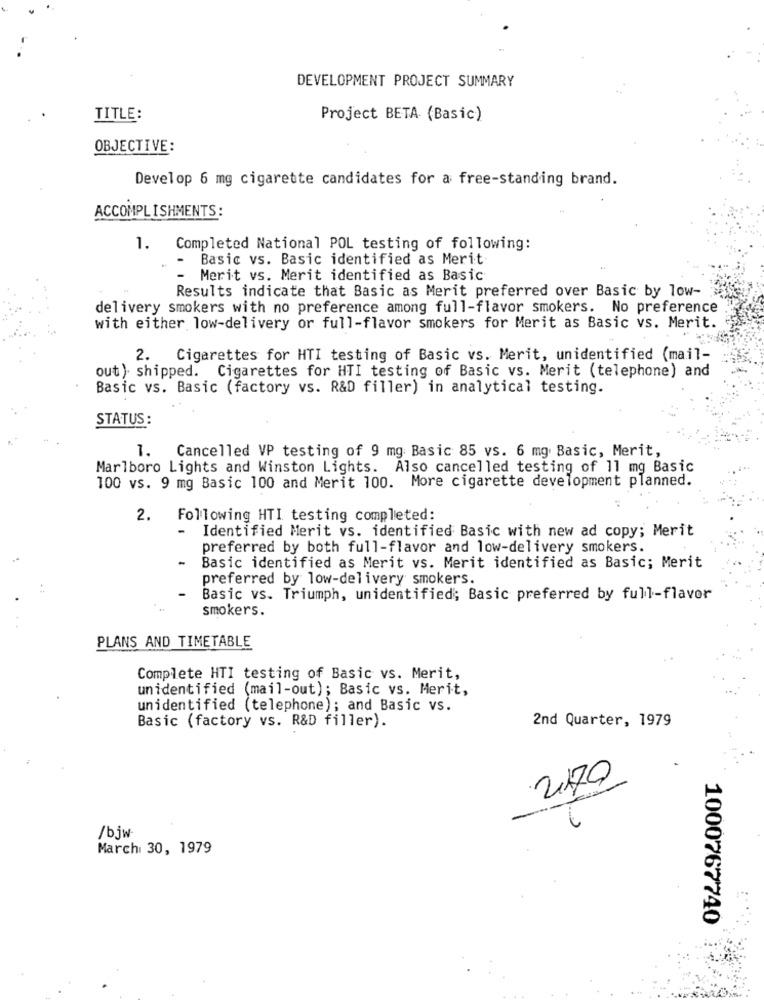
DEVELOPMENT PROJECT SUMMARY
TITLE:
Project BETA (Basic)
OBJECTIVE:
Develop 6 mg cigarette candidates for a free-standing brand.
ACCOMPLISHMENTS:
1. Completed National POL testing of following:
Basic vs. Basic identified as Merit
Merit vs. Merit identified as Basic
Results indicate that Basic as Merit preferred over Basic by low-
delivery smokers with no preference among full-flavor smokers. No preference
with either low-delivery or full-flavor smokers for Merit as Basic vs. Merit.
2.
Cigarettes for HTI testing of Basic vs. Merit, unidentified (mail-
out ) shipped. Cigarettes for HTI testing of Basic vs. Merit (telephone) and
Basic vs. Basic (factory vs. R&D filler) in analytical testing.
STATUS :
1. Cancelled VP testing of 9 mg: Basic 85 vs. 6 mg Basic, Merit,
Marlboro Lights and Winston Lights. Also cancelled testing of 11 mg Basic
100 vs. 9 mg Basic 100 and Merit 100. More cigarette development planned.
2.
Following HTI testing completed:
-
Identified Merit vs. identified Basic with new ad copy; Merit
preferred by both full-flavor and low-delivery smokers.
-
Basic identified as Merit vs. Merit identified as Basic; Merit
preferred by low-delivery smokers.
Basic vs. Triumph, unidentified; Basic preferred by full-flavor
smokers.
PLANS AND TIMETABLE
Complete HTI testing of Basic vs. Merit,
unidentified (mail-out); Basic vs. Merit,
unidentified (telephone); and Basic vs.
Basic (factory vs. R&D filler).
2nd Quarter, 1979
2170
/bjw
March 30, 1979
1000767740